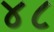
૪૮